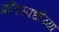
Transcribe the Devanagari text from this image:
प्रतिस्पर्धींच्या